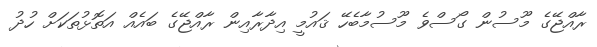
ރާއްޖޭގެ މޫސުން ގޯސްވެ މޫސުމާބެހޭ ޤައުމީ އިދާރާއިން ރާއްޖޭގެ ބައެއް އަތޮޅުތަކަށް ހުދު